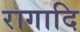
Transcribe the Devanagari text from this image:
रागादि